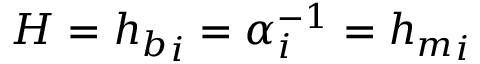
H = { h _ { b } } _ { i } = \alpha _ { i } ^ { - 1 } = { h _ { m } } _ { i }